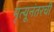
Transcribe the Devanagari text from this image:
मृत्यूनंतरची